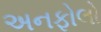
અનફોલો